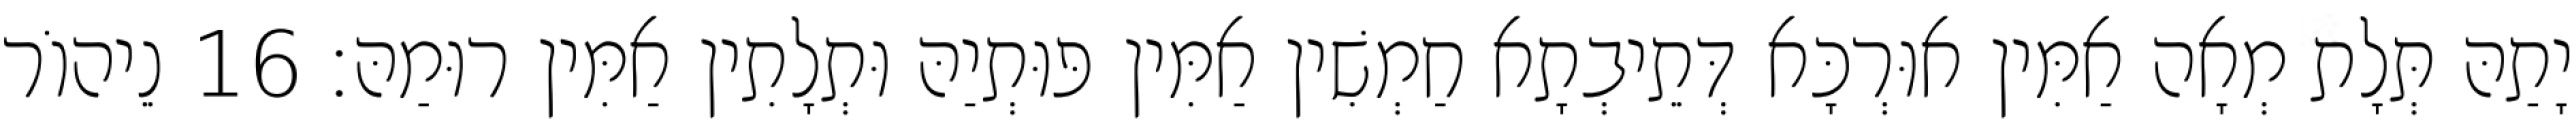
יָתַהּ תְּלָת מְאָה אַמִּין אוּרְכָּא דְּתֵיבְתָא חַמְשִׁין אַמִּין פּוּתְיַהּ וּתְלָתִין אַמִּין רוּמַהּ׃ 16 נֵיהוֹר